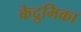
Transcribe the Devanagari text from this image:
केद्रुमिका